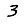
Digit: 3